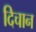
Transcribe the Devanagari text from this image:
दिचान